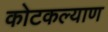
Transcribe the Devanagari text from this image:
कोटकल्याण